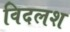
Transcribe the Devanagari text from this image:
विदलश